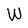
Character: W